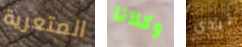
المتعرية وكلانا تبدي